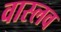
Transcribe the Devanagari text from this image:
वास्लव